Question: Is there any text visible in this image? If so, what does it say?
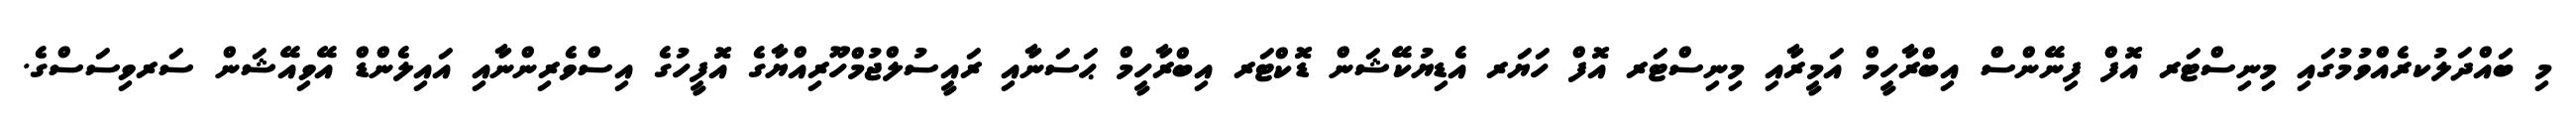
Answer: މި ބައްދަލުކރެއްވުމުގައި މިނިސްޓަރ އޮފް ފިނޭންސް އިބްރާހީމް އަމީރާއި މިނިސްޓަރ އޮފް ހަޔަރ އެޑިޔުކޭޝަން ޑޮކްޓަރ އިބްރާހީމް ޙަސަނާއި ރައީސުލްޖުމްހޫރިއްޔާގެ އޮފީހުގެ އިސްވެރިންނާއި އައިލެންޑް އޭވިއޭޝަން ސަރވިސަސްގެ.